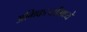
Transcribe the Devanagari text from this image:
अभिकर्त्यांमध्ये